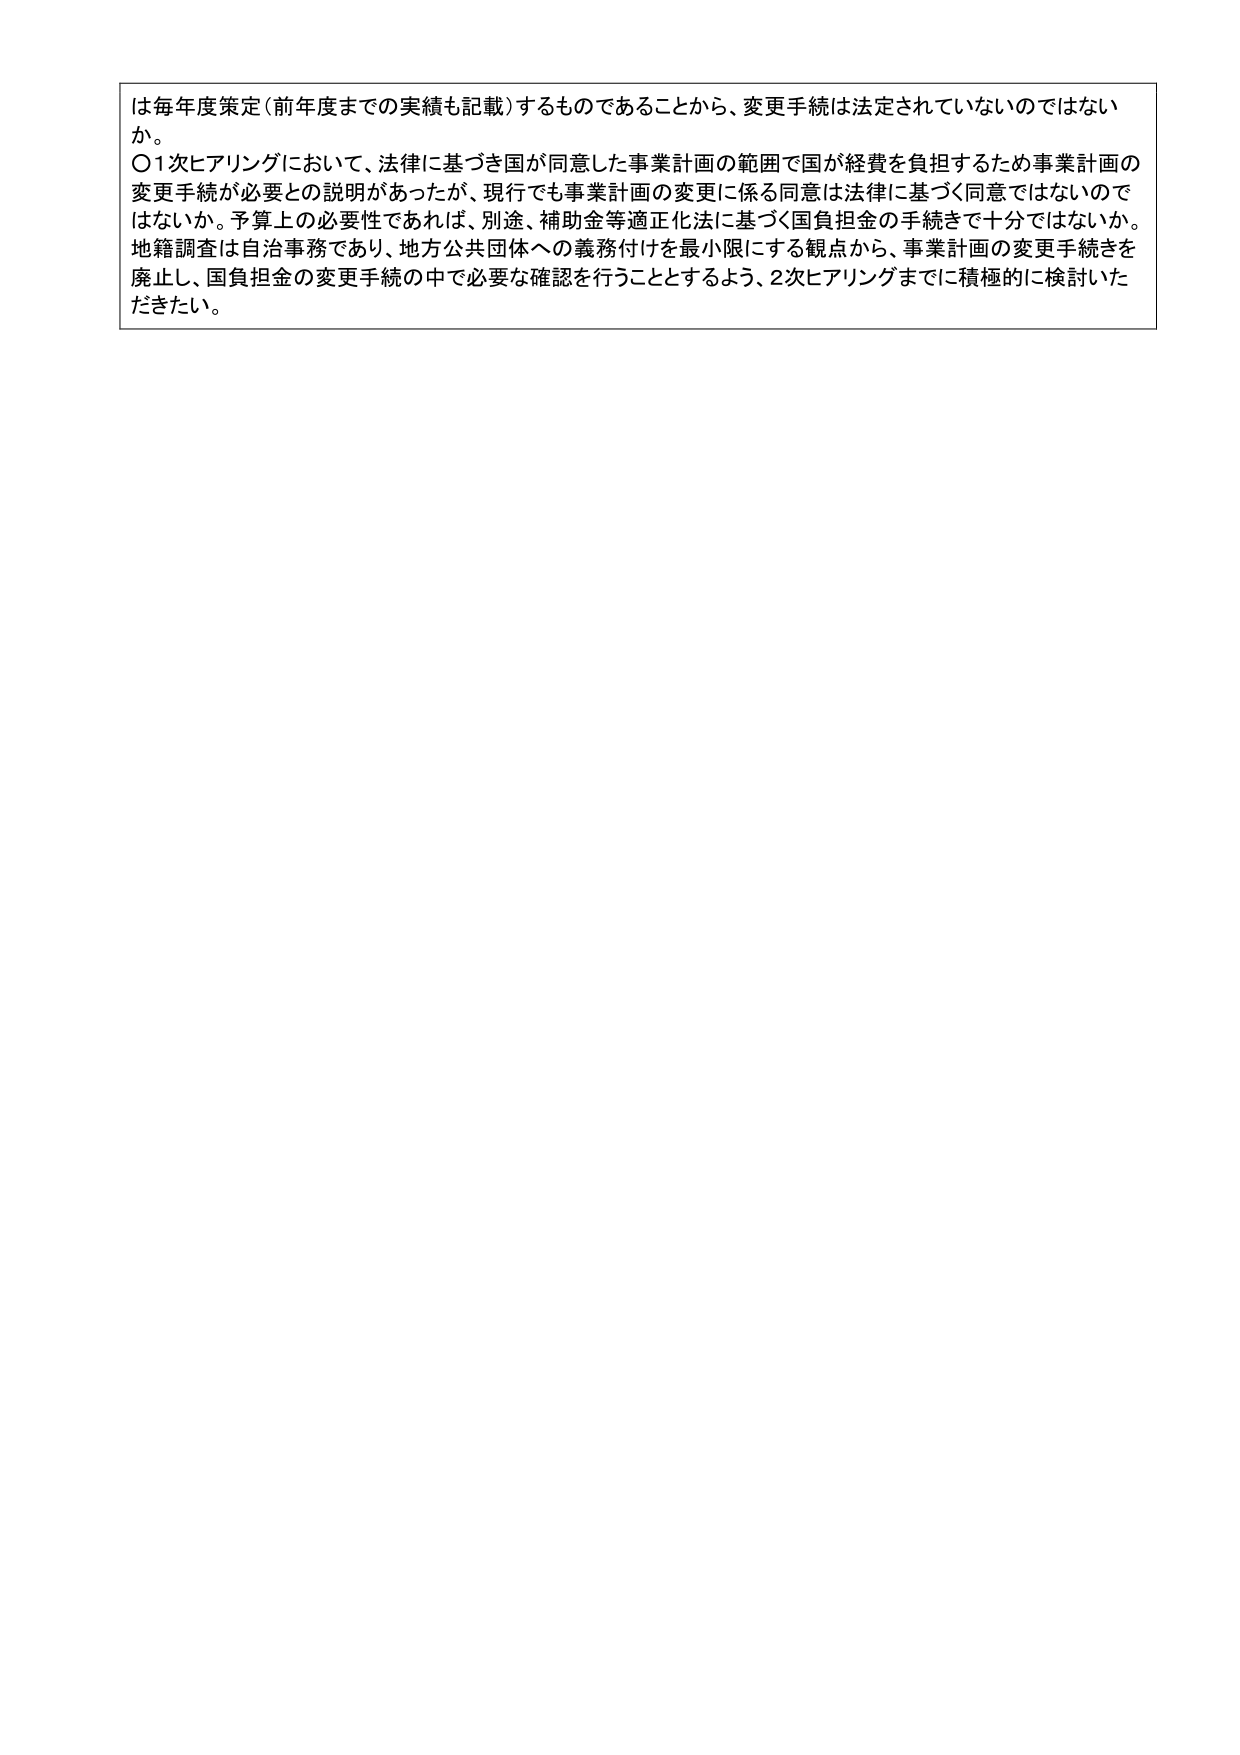
は毎年度策定（前年度までの実績も記載）するものであることから、変更手続は法定されていないのではない
か。
〇1次ヒアリングにおいて、法律に基づき国が同意した事業計画の範囲で国が経費を負担するため事業計画の
変更手続が必要との説明があったが、現行でも事業計画の変更に係る同意は法律に基づく同意ではないので
はないか。予算上の必要性であれば、別途、補助金等適正化法に基づく国負担金の手続きで十分ではないか。
地籍調査は自治事務であり、地方公共団体への義務付けを最小限にする観点から、事業計画の変更手続きを
廃止し、国負担金の変更手続の中で必要な確認を行うこととするよう、2次ヒアリングまでに積極的に検討いた
だきたい。